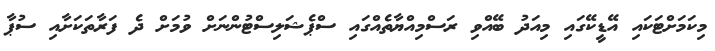
މިކަމަށްޓަކައި އޭޑީކޭގައި މިއަދު ބޭއްވި ރަސްމިއްޔާތެއްގައި ސްޕެޝަލިސްޓުންނަށް ވުމަށް ދެ ފަރާތަކަށާއި ސުޕާ